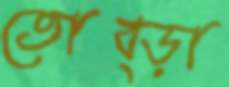
তোব্‌ড়া